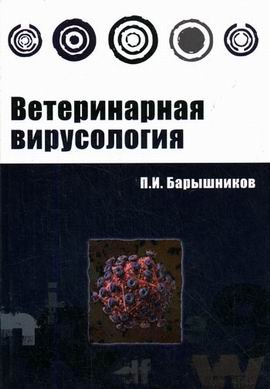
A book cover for Veterinary Virology Training Manual higher education neck Veterinarnaya virusologiya Uchebnoe posobie Vysshee obrazovanie GRIF; Medical Books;